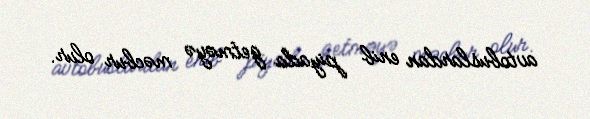
avtobuslardan enib piyada getməyə məcbur olur.